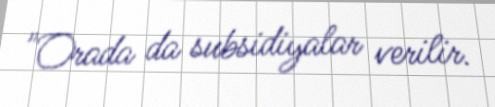
"Orada da subsidiyalar verilir.